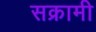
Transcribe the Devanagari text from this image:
सक्रामी